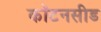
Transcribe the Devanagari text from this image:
कॉटनसीड